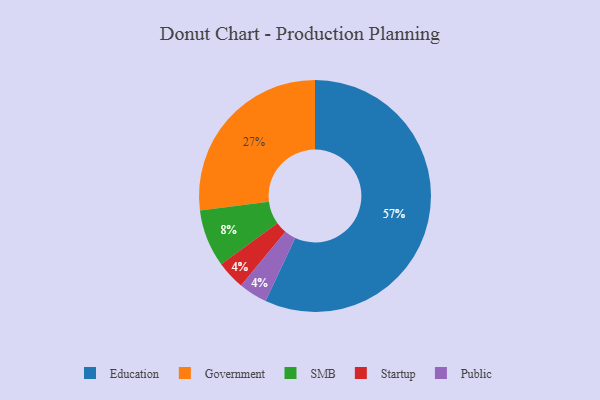
{"axis": {"x": "Category", "y": "Percentage"}, "legend": ["Education", "Government", "Public", "SMB", "Startup"], "data": [{"x": "Startup", "y": 4, "type": "Startup"}, {"x": "SMB", "y": 8, "type": "SMB"}, {"x": "Education", "y": 57, "type": "Education"}, {"x": "Government", "y": 27, "type": "Government"}, {"x": "Public", "y": 4, "type": "Public"}]}